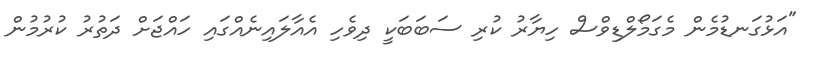
"އަޅުގަނޑުމެން މެގަމޯލްޑިވްސް ހިޔާރު ކުރި ސަބަބަކީ ދިވެހި އެއާލައިނެއްގައި ހައްޖަށް ދަތުރު ކުރުމުން